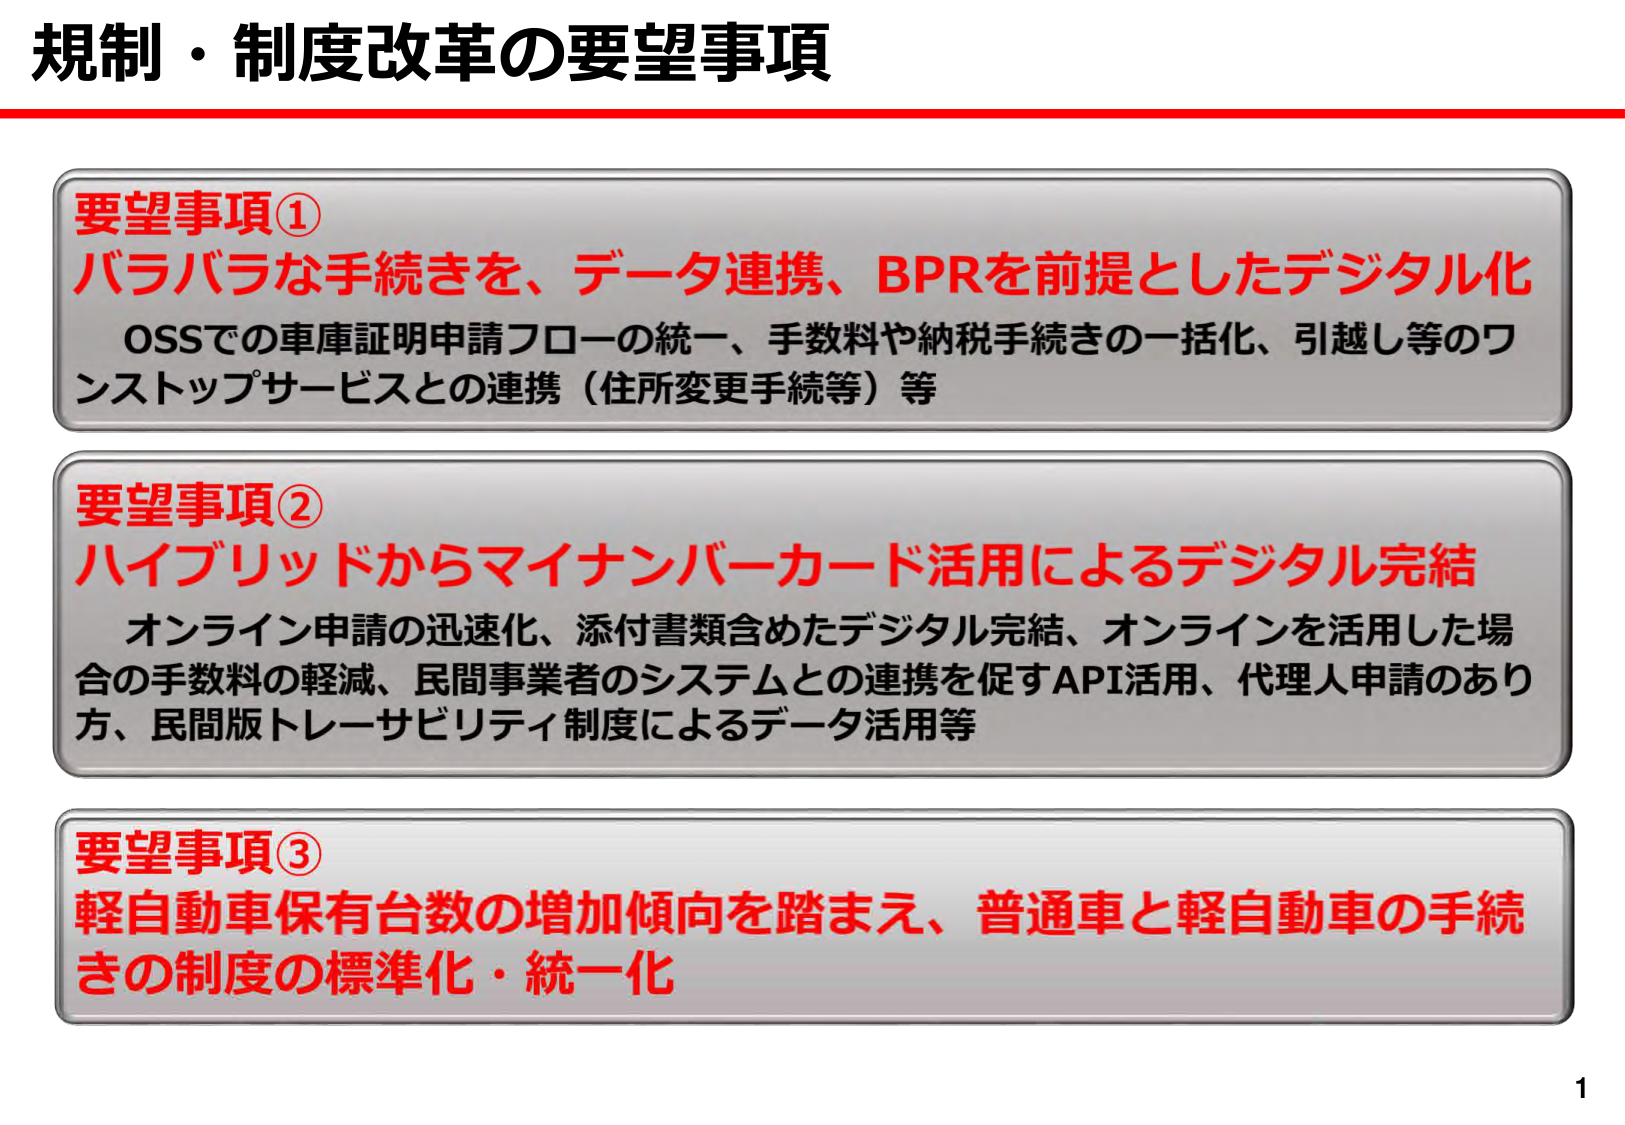
規制・制度改革の要望事項

要望事項①
バラバラな手続きを、データ連携、BPRを前提としたデジタル化
OSSでの車庫証明申請フローの統一、手数料や納税手続きの一括化、引越し等のワンストップサービスとの連携（住所変更手続等）等

要望事項②
ハイブリッドからマイナンバーカード活用によるデジタル完結
オンライン申請の迅速化、添付書類含めたデジタル完結、オンラインを活用した場合の手数料の軽減、民間事業者のシステムとの連携を促すAPI活用、代理人申請のあり方、民間版トレーサビリティ制度によるデータ活用等

要望事項③
軽自動車保有台数の増加傾向を踏まえ、普通車と軽自動車の手続きの制度の標準化・統一化

1